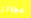
عجائز